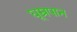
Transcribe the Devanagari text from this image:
घूम्रपान